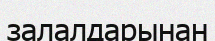
залалдарынан